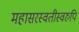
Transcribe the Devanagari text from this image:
महासरस्वतीस्वरुपि